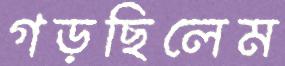
গড়ছিলেম